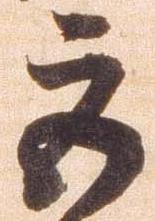
巨